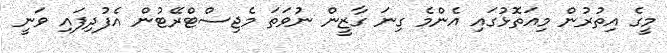
މީގެ އިތުރުން މިއަތޮޅުގައި އެންމެ ގިނަ ގާޒީން ނުވަތަ މެޖިސްޓްރޭޓުން އެފުދިފައި ވަނީ